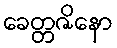
ခေတ္တဇိနော